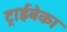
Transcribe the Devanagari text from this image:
ट्राईबेका